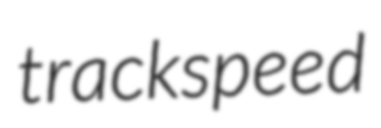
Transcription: track speed